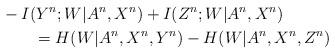
LaTeX: \begin{align*}&-I(Y^n;W|A^n,X^n) +I(Z^n;W|A^n,X^n) \\&\qquad= H(W|A^n,X^n,Y^n)-H(W|A^n,X^n,Z^n) \end{align*}